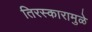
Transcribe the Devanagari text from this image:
तिरस्कारामुळे